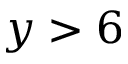
y > 6